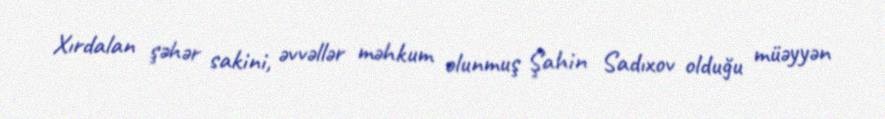
Xırdalan şəhər sakini, əvvəllər məhkum olunmuş Şahin Sadıxov olduğu müəyyən